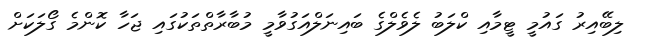
ލިބޭއިރު ގައުމީ ޓީމާއި ކްލަބު ލެވެލްގެ ބައިނަލްއަގުވާމީ މުބާރާތްތަކުގައި ޖަހާ ކޮންމެ ގޯލަކަށް